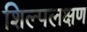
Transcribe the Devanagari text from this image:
शिल्पलक्षण